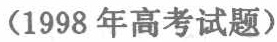
（1998 年高考试题）